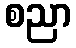
စညာ